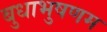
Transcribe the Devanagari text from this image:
बुधाभुषणम